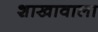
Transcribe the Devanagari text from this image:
शाखावाला